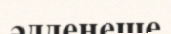
әдденеше